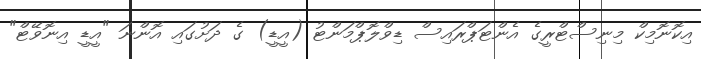
އިކޮނޮމިކް މިނިސްޓްރީގެ އެންޓަޕްރައިސް ޑިވްލޮޕްމަންޓު (އީޑީ) ގެ ދަށުގައި އޮންނަ "އީޑީ އިނޮވޭޓް"